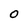
Character: 0